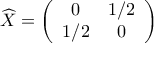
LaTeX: \widehat { X } = \left( \begin{array} { c c } { { 0 } } & { { 1 / 2 } } \\ { { 1 / 2 } } & { { 0 } } \end{array} \right)